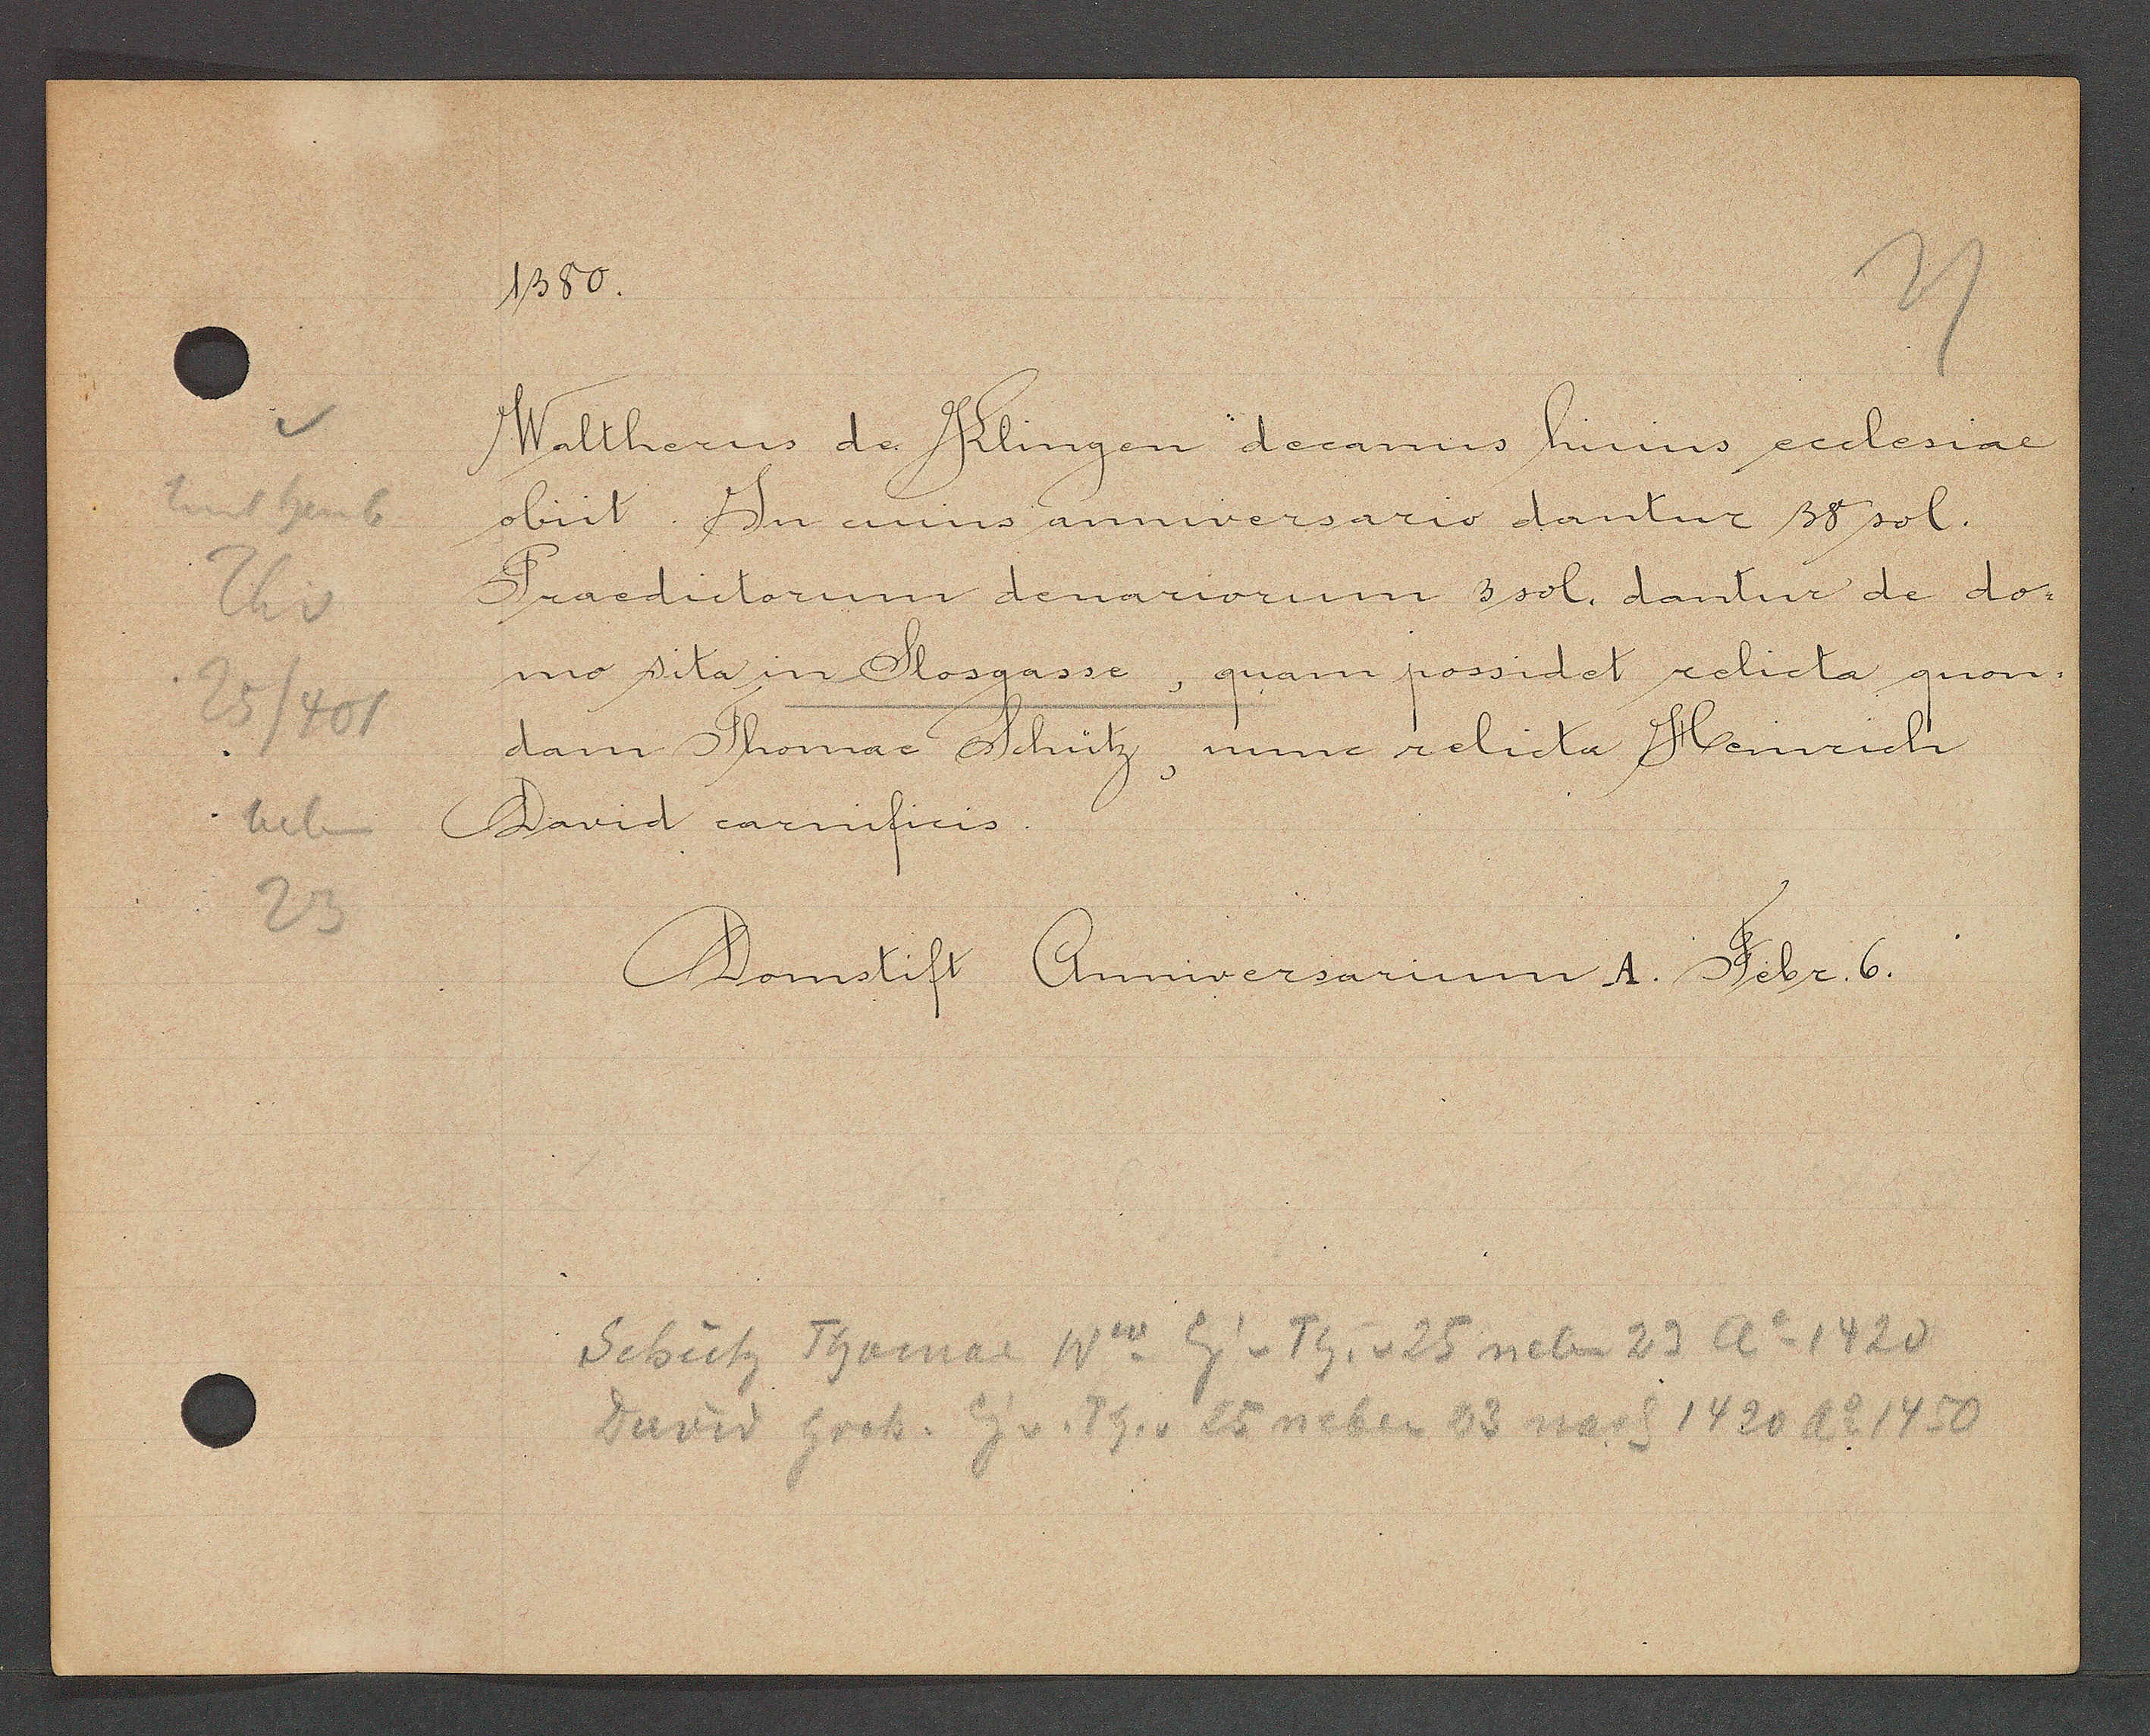
Transcript:
Unt heub
Th v
25/401
neben
23

1380.

Waltherus de Klingen decanus huius ecclesiae.
obiit. In cuiss anniversario dantur 38 sol.
Predictorum denariorum 3 sol. dantur de do-
mo sita in Stosgasse, quam possidet relicta quon-
dam Thomae Schütz, nune relicta Heinrich
David carnificis.

Domstift Anniversarium A. Febr. 6.

Schütz Thomae Ww Eig v Th. v 25 neben 23 Ao 1420
David hrch. Eig v. Th. v 25 neben 23 nach 1420 Ao 1450